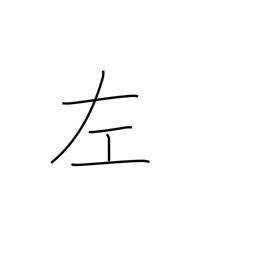
Meaning: left